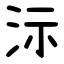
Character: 沶